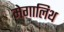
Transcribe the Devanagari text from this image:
मेगालिथ